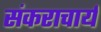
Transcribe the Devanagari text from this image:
संकराचार्य